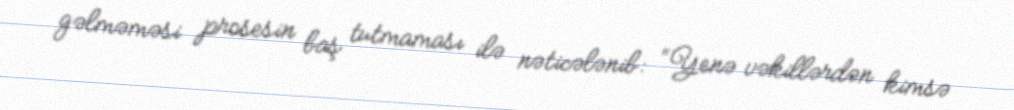
gəlməməsi prosesin baş tutmaması ilə nəticələnib: “Yenə vəkillərdən kimsə